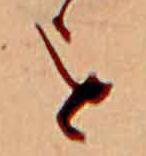
を